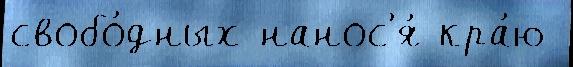
свобо́дных нанос'я́ кра́ю